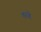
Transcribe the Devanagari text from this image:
तरहे